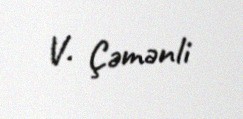
V. Çəmənli